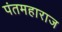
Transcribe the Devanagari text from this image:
पंतमहाराज